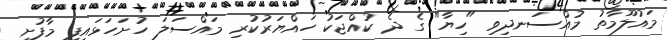
މައުލޫމާތު މުއްސަނދިވި "ހިޔާ" ގެ ދެ ކުއްޖަކު ހައްޔަރުކުރި މައްސަލަ ހުށަހަޅައިފި މާފުށީ